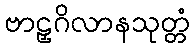
ဗာဠှဂိလာနသုတ္တံ